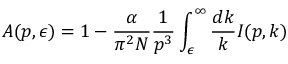
A ( p , \epsilon ) = 1 - \frac { \alpha } { \pi ^ { 2 } N } \frac { 1 } { p ^ { 3 } } \int _ { \epsilon } ^ { \infty } \frac { d k } { k } I ( p , k )